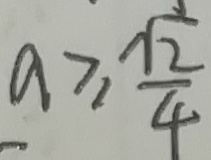
a \geq \frac { \sqrt { 2 } } { 4 }